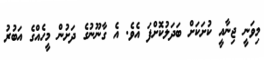
މިވަނީ ޖިނާއީ ކުށަކަށް ބަދަލުކޮށްފަ އެވެ. އެ ގާނޫނުގެ ދަށުން މީހެއްގެ އަބުރު